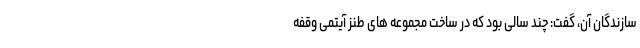
سازندگان آن، گفت: چند سالی بود که در ساخت مجموعه های طنز آیتمی وقفه